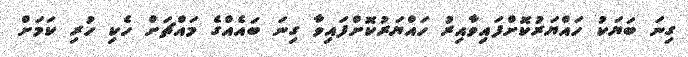
ގިނަ ބަޔަކު ހައްޔަރުކޮށްފައިވާއިރު ހައްޔަރުކޮށްފައިވާ ގިނަ ބައެއްގެ މައްޗަށް ހެކި ހުރި ކަމަށް